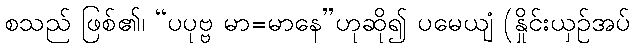
စသည် ဖြစ်၏၊ “ပပုဗ္ဗ မာ=မာနေ”ဟုဆို၍ ပမေယျံ (နှိုင်းယှဉ်အပ်